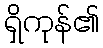
ရှိကုန်၏